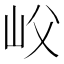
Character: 𡵛